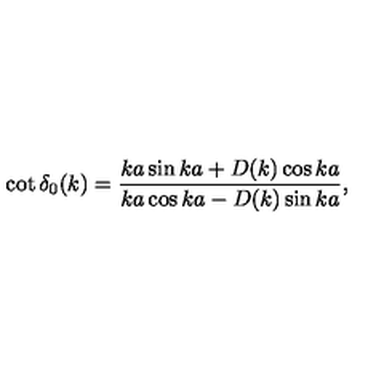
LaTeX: \cot \delta _ { 0 } ( k ) = \frac { k a \sin k a + D ( k ) \cos k a } { k a \cos k a - D ( k ) \sin k a } ,